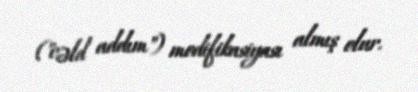
("cəld addım") modifikasiyası almış olur.